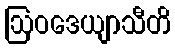
ဩဝဒေယျာသီတိ